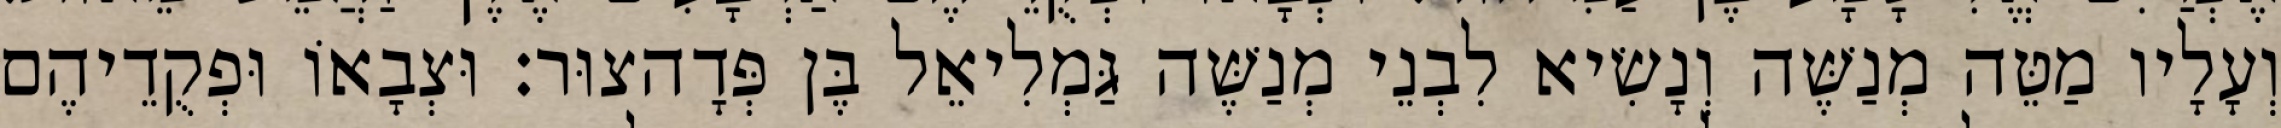
וְעָלָיו מַטֵּה מְנַשֶּׁה וְנָשִׂיא לִבְנֵי מְנַשֶּׁה גַּמְלִיאֵל בֶּן פְּדָהצוּר׃ וּצְבָאוֹ וּפְקֻדֵיהֶם